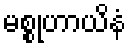
မစ္စုဟာယိနံ